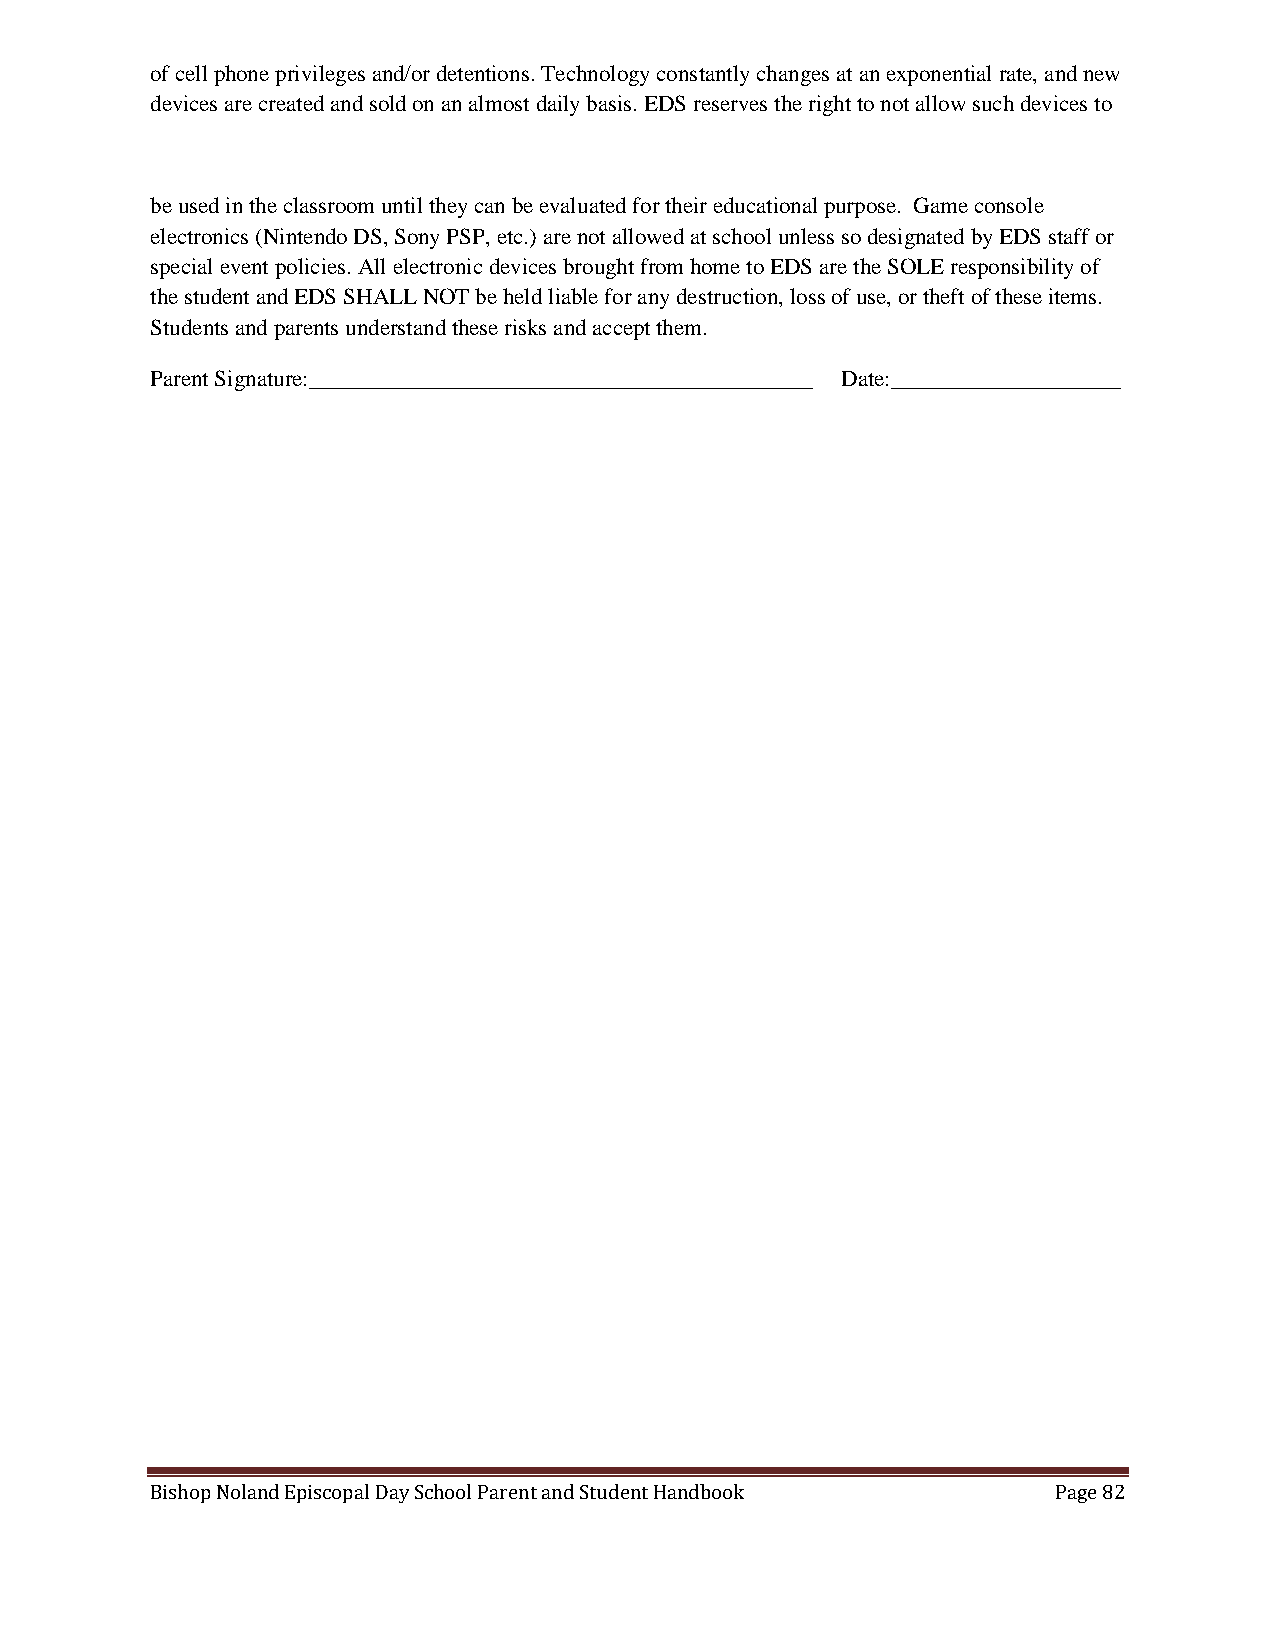
of cell phone privileges and/or detentions. Technology constantly changes at an exponential rate, and new
 devices are created and sold on an almost daily basis. EDS reserves the right to not allow such devices to
 be used in the classroom until they can be evaluated for their educational purpose. Game console
 electronics (Nintendo DS, Sony PSP, etc.) are not allowed at school unless so designated by EDS staff or
 special event policies. All electronic devices brought from home to EDS are the SOLE responsibility of
 the student and EDS SHALL NOT be held liable for any destruction, loss of use, or theft of these items.
 Students and parents understand these risks and accept them.
 Parent Signature:____________________________________________ Date:____________________
 Bishop Noland Episcopal Day School Parent and Student Handbook Page 82